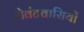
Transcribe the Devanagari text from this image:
लेवंटवासियों